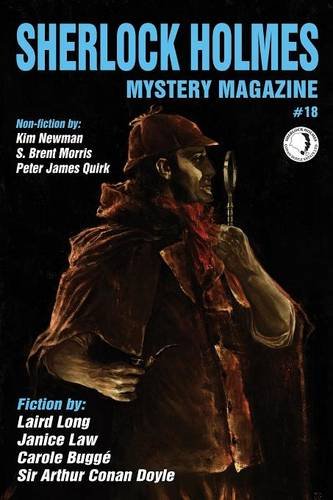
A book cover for Sherlock Holmes Mystery Magazine #18; Marvin Kaye; Mystery, Thriller & Suspense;